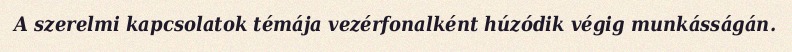
A szerelmi kapcsolatok témája vezérfonalként húzódik végig munkásságán.